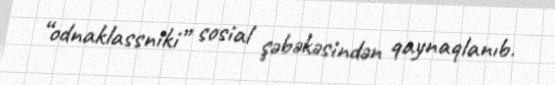
“odnaklassniki” sosial şəbəkəsindən qaynaqlanıb.